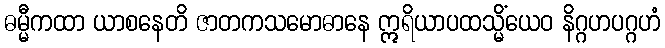
ဓမ္မီကထာ ယာစနေတိ ဇာတကသမောဓာနေ ဣရိယာပထသ္မိံယေဝ နိဂ္ဂဟပဂ္ဂဟံ